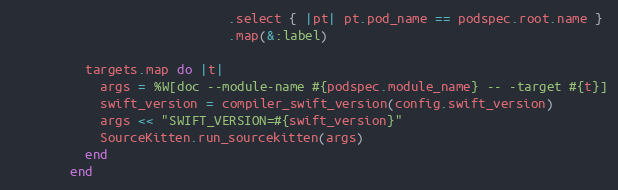
Language: Ruby
                             .select { |pt| pt.pod_name == podspec.root.name }
                             .map(&:label)

          targets.map do |t|
            args = %W[doc --module-name #{podspec.module_name} -- -target #{t}]
            swift_version = compiler_swift_version(config.swift_version)
            args << "SWIFT_VERSION=#{swift_version}"
            SourceKitten.run_sourcekitten(args)
          end
        end